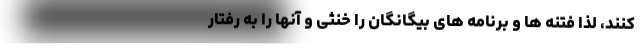
کنند، لذا فتنه ها و برنامه های بیگانگان را خنثی و آنها را به رفتار